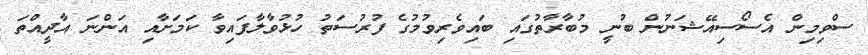
ސްވިމިން އެސޯސިއޭޝަނުން ބުނީ މުބާރާތުގައި ބައިވެރިވުމުގެ ފުރުސަތު ހުޅުވާލާފައިވާ ކަމަށާއި އަންނަ އާދީއްތަ